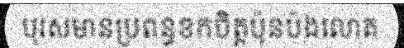
បុរសមានប្រពន្ធខកចិត្តប៉ុនប៉ងលោត